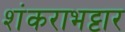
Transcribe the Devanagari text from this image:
शंकराभट्टार